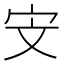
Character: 𮱟